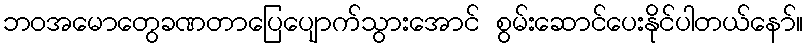
ဘဝအမောတွေခဏတာပြေပျောက်သွားအောင် စွမ်းဆောင်ပေးနိုင်ပါတယ်နော်။